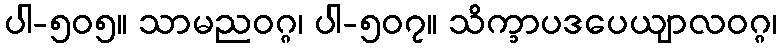
ပါ-၅၀၅။ သာမညဝဂ္ဂ၊ ပါ-၅၀၇။ သိက္ခာပဒပေယျာလဝဂ္ဂ၊